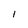
Character: I